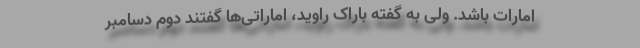
امارات باشد. ولی به گفته باراک راوید، اماراتی‌ها گفتند دوم دسامبر